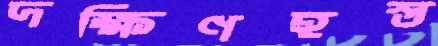
দক্ষিণহস্ত